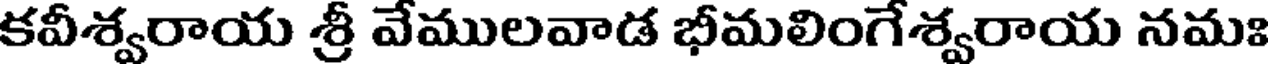
కవీశ్వరాయ శ్రీ వేములవాడ భీమలింగేశ్వరాయ నమః